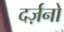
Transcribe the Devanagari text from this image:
दर्ज़नो